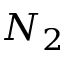
N _ { 2 }